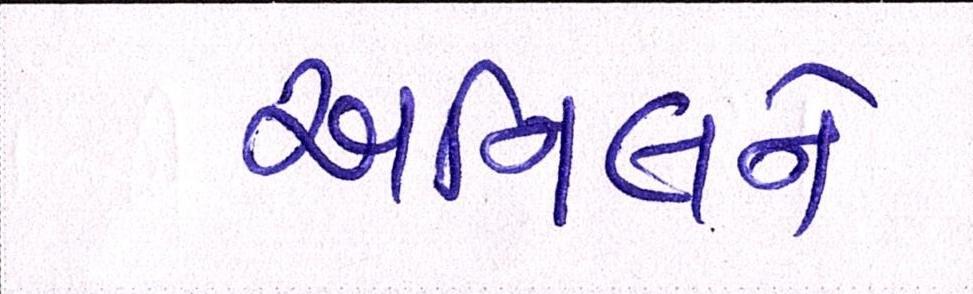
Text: અનિલને